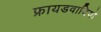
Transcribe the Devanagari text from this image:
फ्रायडवादियों